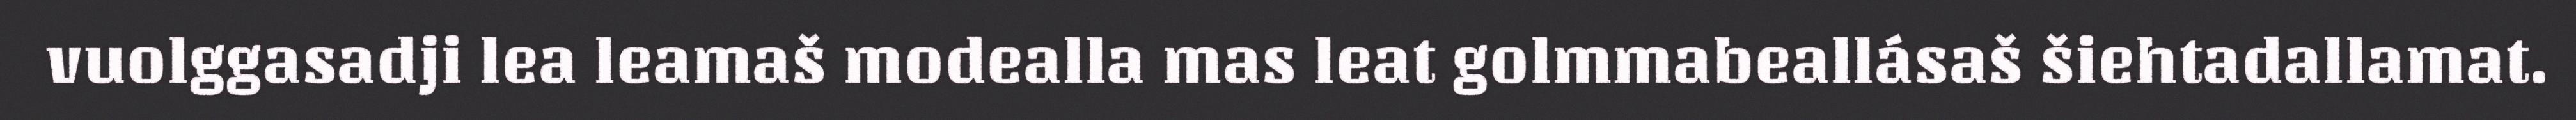
vuolggasadji lea leamaš modealla mas leat golmmabeallásaš šiehtadallamat.